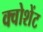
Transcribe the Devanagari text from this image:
क्वोशेंट